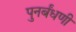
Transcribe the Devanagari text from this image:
पुनर्बंधणी